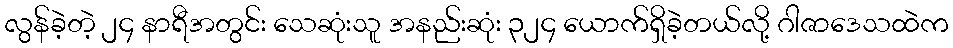
လွန်ခဲ့တဲ့ ၂၄ နာရီအတွင်း သေဆုံးသူ အနည်းဆုံး ၃၂၄ ယောက်ရှိခဲ့တယ်လို့ ဂါဇာဒေသထဲက